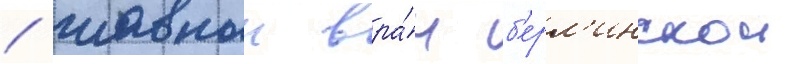
/ главныи вра́ч б'ерл'инскои